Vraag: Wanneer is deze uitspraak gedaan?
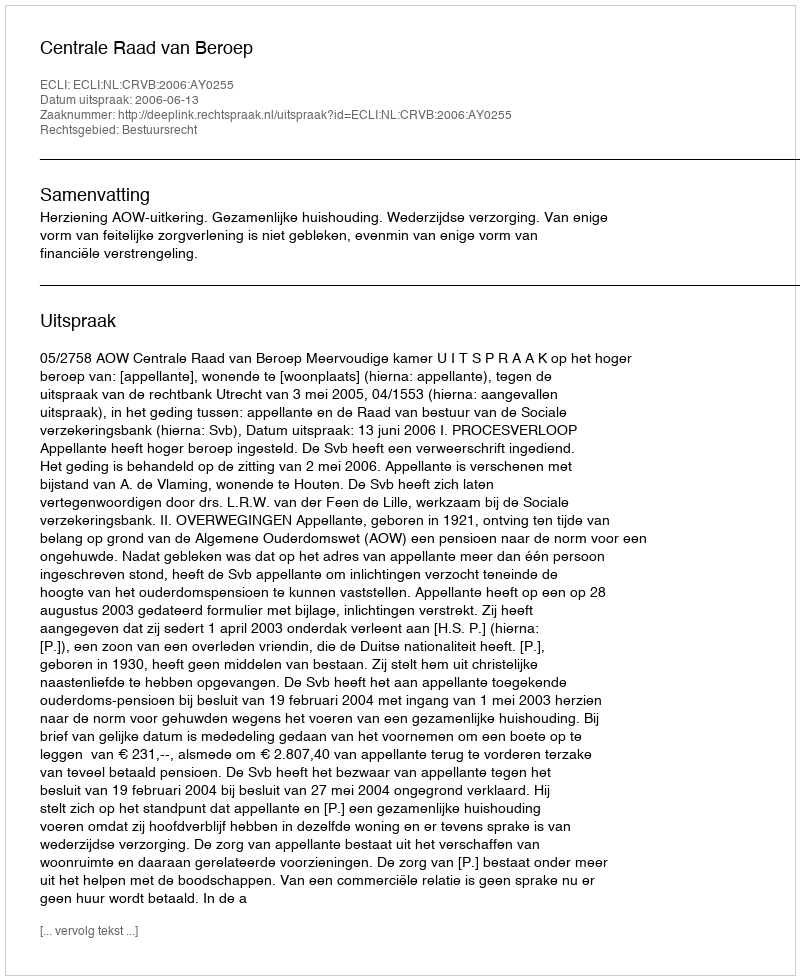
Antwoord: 2006-06-13